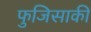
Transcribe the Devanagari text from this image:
फुजिसाकी